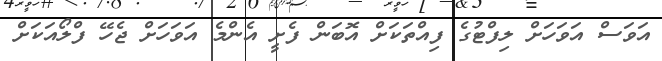
އަވަސް އަވަހަށް ލިފްޓުގެ ފިއްތަކަށް އޮބަން ފެށީ އެންމެ އަވަހަށް ޖެހޭ ފްލޯއަކަށް